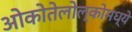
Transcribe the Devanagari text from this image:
ओकोतेलोल्कोमध्ये